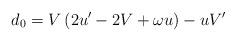
LaTeX: \begin{align*}d_{0}=V\left( 2u^{\prime }-2V+\omega u\right) -uV^{\prime }\end{align*}